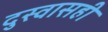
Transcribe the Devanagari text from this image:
दुस्वासही